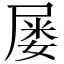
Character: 屡